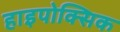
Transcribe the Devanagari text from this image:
हाइपोक्सिक